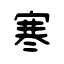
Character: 寒